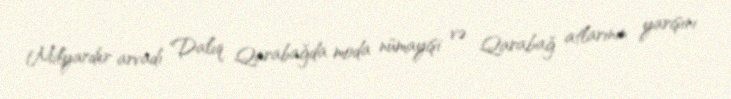
Milyarder arvadı Dalıq Qarabağda moda nümayişi və Qarabağ atlarının yarışını